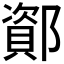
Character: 𫑫